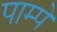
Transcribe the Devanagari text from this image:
पाम्पे